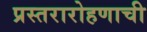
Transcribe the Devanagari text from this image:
प्रस्तरारोहणाची